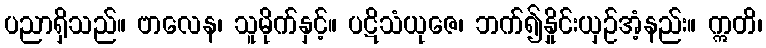
ပညာရှိသည်။ ဗာလေန၊ သူမိုက်နှင့်။ ပဋိသံယုဇေ၊ ဘက်၍နှိုင်းယှဉ်အံ့နည်း။ ဣတိ၊